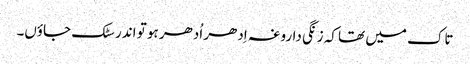
تاک میں تھا کہ زنگی داروغہ اِدھر اُدھر ہو تو اندر سٹک جاؤں۔